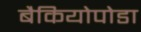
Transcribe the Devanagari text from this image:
बैकियोपोडा